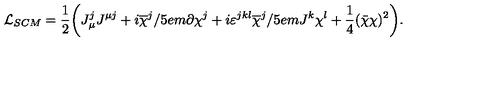
{ \cal L } _ { S C M } = \frac 1 2 \biggl ( J _ { \mu } ^ { j } J ^ { \mu j } + i \overline { { \chi } } ^ { j } / \kern - . 5 e m \partial \chi ^ { j } + i \varepsilon ^ { j k l } \overline { { \chi } } ^ { j } / \kern - . 5 e m J ^ { k } \chi ^ { l } + \frac 1 4 ( \bar { \chi } \chi ) ^ { 2 } \biggr ) .